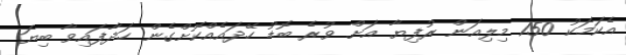
އެކަމަކު 150 މިލިއަން ރުފިޔާ އަށް ވުރެ ބޮޑު ހޭދައެއްކޮށްގެން ހަދާފައިވާ ބިޔަ